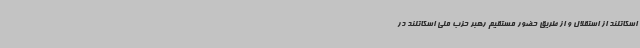
اسکاتلند از استقلال و از طریق حضور مستقیم رهبر حزب ملی اسکاتلند در